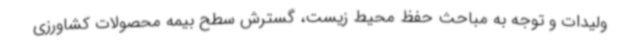
ولیدات و توجه به مباحث حفظ محیط زیست، گسترش سطح بیمه محصولات کشاورزی